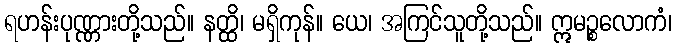
ရဟန်းပုဏ္ဏားတို့သည်။ နတ္ထိ၊ မရှိကုန်။ ယေ၊ အကြင်သူတို့သည်။ ဣမဉ္စလောကံ၊